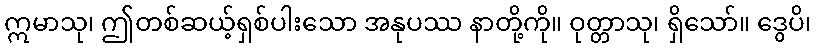
ဣမာသု၊ ဤတစ်ဆယ့်ရှစ်ပါးသော အနုပဿ နာတို့ကို။ ဝုတ္တာသု၊ ရှိသော်။ ဒွေပိ၊